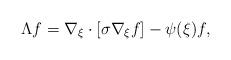
LaTeX: \begin{align*}\Lambda f= \nabla_\xi \cdot \left[\sigma \nabla_\xi f\right]-\psi(\xi)f,\end{align*}